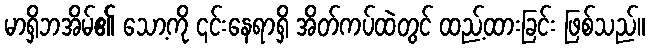
မာရှိဘအိမ်၏ သော့ကို ၎င်းနေရာရှိ အိတ်ကပ်ထဲတွင် ထည့်ထားခြင်း ဖြစ်သည်။